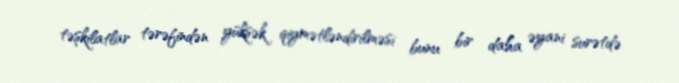
təşkilatlar tərəfindən yüksək qiymətləndirilməsi bunu bir daha əyani surətdə